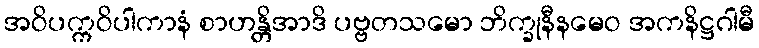
အဝိပက္ကဝိပါကာနံ စာဟန္တိအာဒိ ပဗ္ဗတသမော ဘိက္ခုနီနမေဝ အကနိဋ္ဌဂါမီ